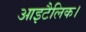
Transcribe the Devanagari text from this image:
आइटैलिक।